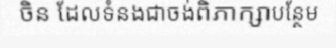
ចិន ដែលទំនងជាចង់ពិភាក្សាបន្ថែម